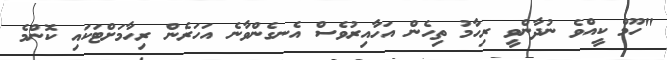
"ހޫމް ކީއްވެ ނުދާންވީ ރިހާމު ތިހެން އަހާއިރުވެސް އެނގެންވާނެ އަހަރެން ރިހާމަށްޓަކައި ކޮންމެ